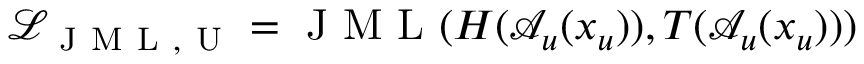
\mathcal { L } _ { \mathrm { ~ J ~ M ~ L ~ , ~ U ~ } } = \mathrm { ~ J ~ M ~ L ~ } ( H ( \mathcal { A } _ { u } ( x _ { u } ) ) , T ( \mathcal { A } _ { u } ( x _ { u } ) ) )